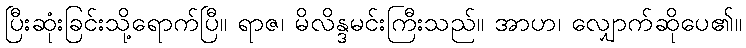
ပြီးဆုံးခြင်းသို့ရောက်ပြီ။ ရာဇ၊ မိလိန္ဒမင်းကြီးသည်။ အာဟ၊ လျှောက်ဆိုပေ၏။